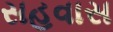
સહવાસ